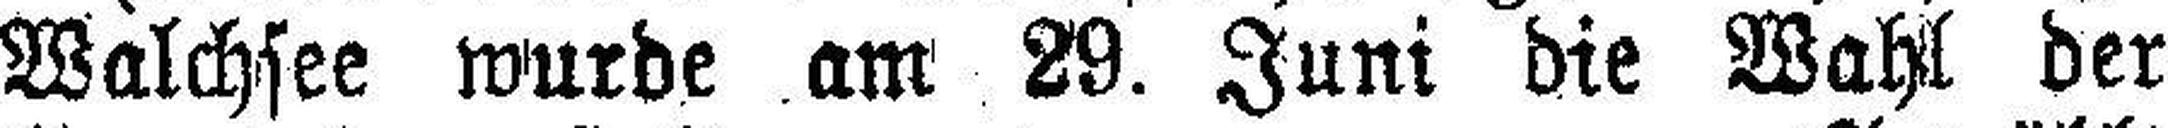
Walchsee wurde am 29. Juni die Wahl der